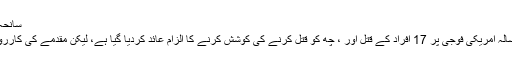
سانحہ قندھار: سارجنٹ بیلز پر 17 افغانوں کے قتل کا الزام عائد
افغانستان کے ایک گاؤں میں مبینہ قتل عام میں ملوث 38 سالہ امریکی فوجی پر 17 افراد کے قتل اور ، چھ کو قتل کرنے کی کوشش کرنے کا الزام عائد کردیا گیا ہے، لیکن مقدمے کی کارروائی شروع ہونے میں دو سال تک کا عرصہ لگ سکتا ہے۔